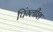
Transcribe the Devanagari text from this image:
पिंग्लीश